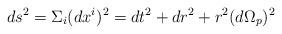
LaTeX: \begin{align*}ds^{2}={\Sigma}_{i}(dx^{i})^{2}=dt^{2}+dr^{2}+r^{2}(d{\Omega}_{p})^{2}\end{align*}